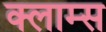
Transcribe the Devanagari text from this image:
क्लाम्स